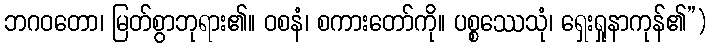
ဘဂဝတော၊ မြတ်စွာဘုရား၏။ ဝစနံ၊ စကားတော်ကို။ ပစ္စဿေသုံ၊ ရှေးရှုနာကုန်၏”)